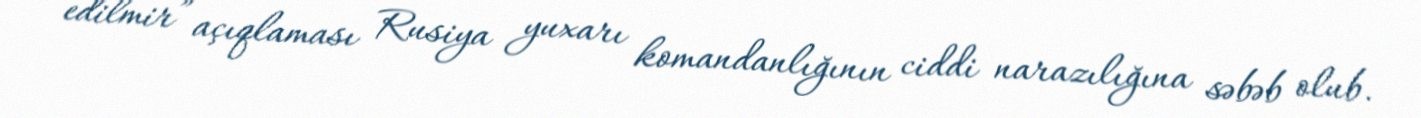
edilmir” açıqlaması Rusiya yuxarı komandanlığının ciddi narazılığına səbəb olub.